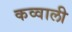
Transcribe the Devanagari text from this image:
कव्‍वाली